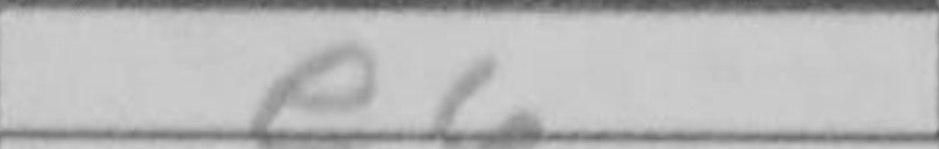
Transcription: e6